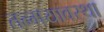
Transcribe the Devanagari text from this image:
तन्मयावस्था